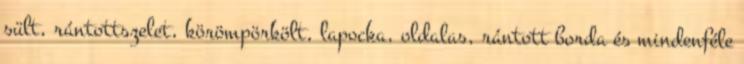
sült, rántottszelet, körömpörkölt, lapocka, oldalas, rántott borda és mindenféle